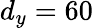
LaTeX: d_{y}=60